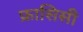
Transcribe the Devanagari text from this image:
फ्रासिसी